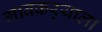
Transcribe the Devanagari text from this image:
गावकर्‍याला